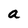
Character: a